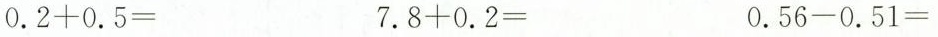
$$0.2+0.5=$$ $$7.8+0.2=$$ $$0.56-0.51=$$